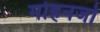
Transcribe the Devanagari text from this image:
मोहनजो